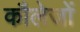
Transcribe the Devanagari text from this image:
कौलेजों